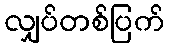
လျှပ်တစ်ပြက်